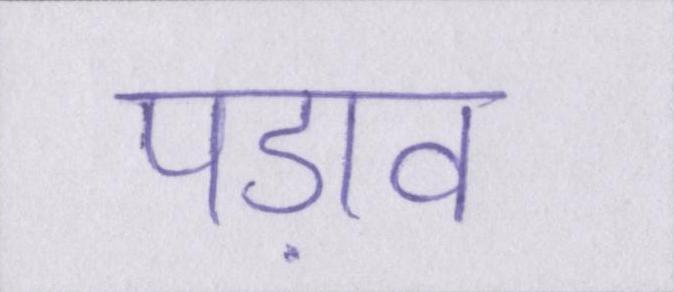
पड़ाव